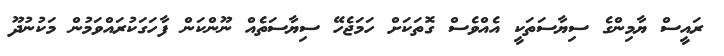
ރައީސް ޔާމިންގެ ސިޔާސަތަަކީ އެއްވެސް ގޮތަކަށް ހަމަޖެހޭ ސިޔާސަތެއް ނޫންކަން ފާހަގަކުރައްވަމުން މަކުނުދޫ